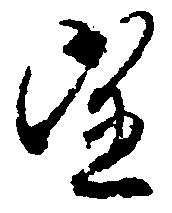
望